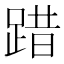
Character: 踖